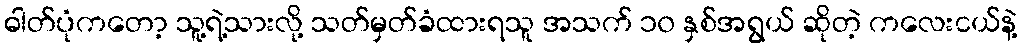
ဓါတ်ပုံကတော့ သူ့ရဲ့သားလို့ သတ်မှတ်ခံထားရသူ အသက် ၁၀ နှစ်အရွယ် ဆိုတဲ့ ကလေးငယ်နဲ့